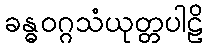
ခန္ဓဝဂ္ဂသံယုတ္တပါဠိ